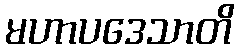
မဟာပဒေသာတိ